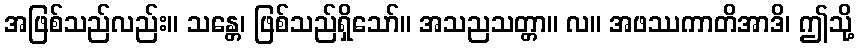
အဖြစ်သည်လည်း။ သန္တေ၊ ဖြစ်သည်ရှိသော်။ အသညသတ္တာ။ လ။ အဖဿကာတိအာဒိ၊ ဤသို့